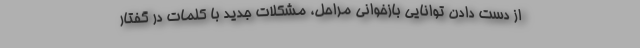
از دست دادن توانایی بازخوانی مراحل، مشکلات جدید با کلمات در گفتار